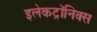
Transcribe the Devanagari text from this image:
इलेकट्रॉनिक्स